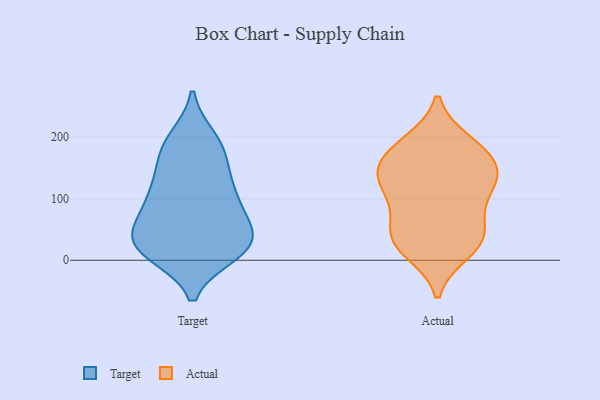
{"axis": {"x": "Budget (USD K)", "y": "Value"}, "legend": ["Actual", "Target"], "data": [{"x": "", "y": 87, "type": "Target"}, {"x": "", "y": 121, "type": "Target"}, {"x": "", "y": 198, "type": "Target"}, {"x": "", "y": 57, "type": "Target"}, {"x": "", "y": 20, "type": "Target"}, {"x": "", "y": 180, "type": "Target"}, {"x": "", "y": 107, "type": "Target"}, {"x": "", "y": 20, "type": "Target"}, {"x": "", "y": 35, "type": "Target"}, {"x": "", "y": 192, "type": "Target"}, {"x": "", "y": 168, "type": "Target"}, {"x": "", "y": 26, "type": "Target"}, {"x": "", "y": 137, "type": "Target"}, {"x": "", "y": 63, "type": "Target"}, {"x": "", "y": 108, "type": "Target"}, {"x": "", "y": 11, "type": "Target"}, {"x": "", "y": 64, "type": "Target"}, {"x": "", "y": 16, "type": "Target"}, {"x": "", "y": 20, "type": "Target"}, {"x": "", "y": 151, "type": "Actual"}, {"x": "", "y": 185, "type": "Actual"}, {"x": "", "y": 39, "type": "Actual"}, {"x": "", "y": 144, "type": "Actual"}, {"x": "", "y": 32, "type": "Actual"}, {"x": "", "y": 171, "type": "Actual"}, {"x": "", "y": 135, "type": "Actual"}, {"x": "", "y": 129, "type": "Actual"}, {"x": "", "y": 190, "type": "Actual"}, {"x": "", "y": 109, "type": "Actual"}, {"x": "", "y": 31, "type": "Actual"}, {"x": "", "y": 16, "type": "Actual"}, {"x": "", "y": 96, "type": "Actual"}, {"x": "", "y": 56, "type": "Actual"}]}